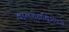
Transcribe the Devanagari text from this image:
बालरोगविशेषज्ञ